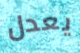
يعدل